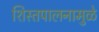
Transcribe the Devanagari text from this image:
शिस्तपालनामुळे